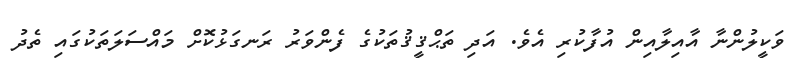
ވަކީލުންނާ އާއިލާއިން އުފާކުރި އެވެ. އަދި ތަޙްޤީޤުތަކުގެ ފެންވަރު ރަނގަޅުކޮށް މައްސަލަތަކުގައި ތެދު